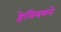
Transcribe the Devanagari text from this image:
हेलियमने